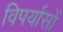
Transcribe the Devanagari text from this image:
विपर्यासों